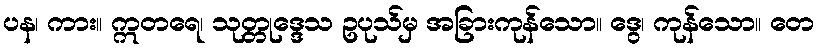
ပန၊ ကား။ ဣတရေ၊ သုတ္တုဒ္ဒေသ ဥပုသ်မှ အခြားကုန်သော။ ဒွေ၊ ကုန်သော။ တေ